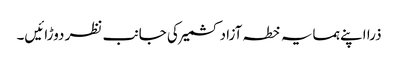
ذرا اپنے ہمسایہ خطہ آزاد کشمیر کی جانب نظر دوڑائیں۔